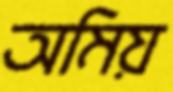
অমিয়